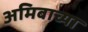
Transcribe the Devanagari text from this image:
अमिबाच्या